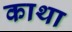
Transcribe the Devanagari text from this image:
काथा